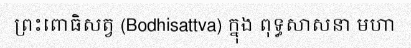
ព្រះពោធិសត្វ (Bodhisattva) ក្នុង ពុទ្ធសាសនា មហា